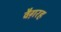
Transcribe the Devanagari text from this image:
वैग़रह